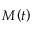
M \left( t \right)